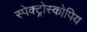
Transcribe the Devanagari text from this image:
स्पेक्ट्रोस्कोपिय